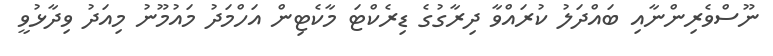
ނޫސްވެރިންނާއި ބައްދަލު ކުރައްވާ ދިރާގުގެ ޑިރެކްޓަ މާކެޓިން އަހްމަދު މައުމޫނު މިއަދު ވިދާޅުވީ